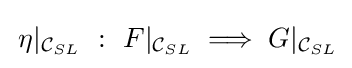
\,\eta |_{{\mathcal {C}}_{SL}}\ :\ F|_{{\mathcal {C}}_{SL}}\implies G|_{{\mathcal {C}}_{SL}}